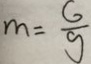
m = \frac { G } { g }